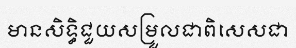
មានសិទ្ធិជួយសម្រួលជាពិសេសជា